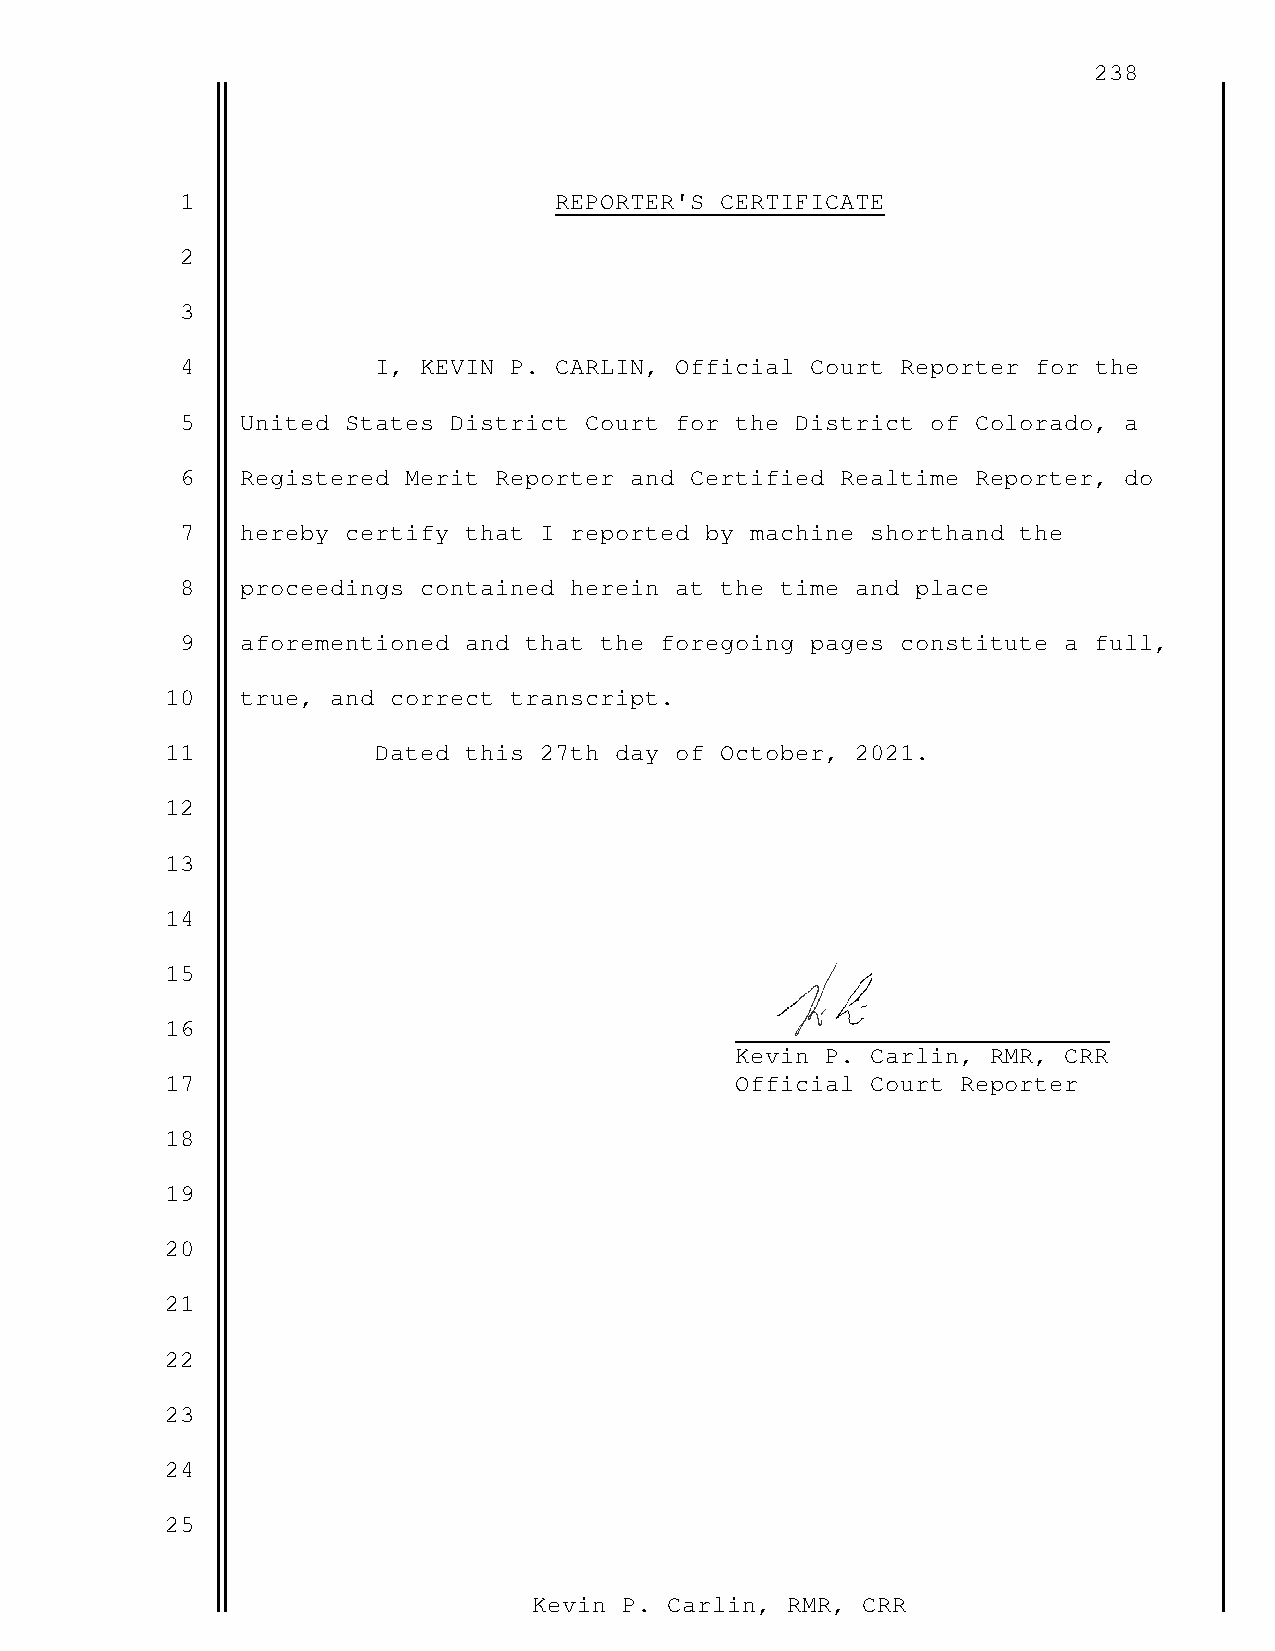
238
 1                        REPORTER'S CERTIFICATE
 2
 3
 4            I, KEVIN P. CARLIN, Official Court Reporter for the
 5   United States District Court for the District of Colorado, a
 6   Registered Merit Reporter and Certified Realtime Reporter, do
 7   hereby certify that I reported by machine shorthand the
 8   proceedings contained herein at the time and place
 9   aforementioned and that the foregoing pages constitute a full,
 10   true, and correct transcript.
 11            Dated this 27th day of October, 2021.
 12
 13
 14
 15
 16
 Kevin P. Carlin, RMR, CRR
 17                                    Official Court Reporter
 18
 19
 20
 21
 22
 23
 24
 25
 Kevin P. Carlin, RMR, CRR